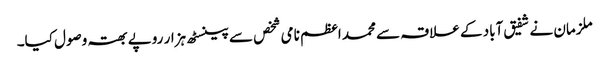
ملزمان نے شفیق آباد کے علاقہ سے محمد اعظم نامی شخص سے پینسٹھ ہزار روپے بھتہ وصول کیا۔